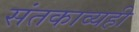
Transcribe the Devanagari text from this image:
संतकाव्यही